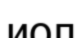
иол